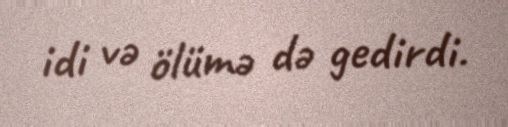
idi və ölümə də gedirdi.